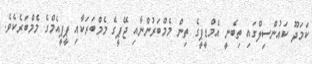
ކަމަދޫ ކައުންސިލްގައި ތިބެނީ އެމްޑީޕީގެ ތިން މެމްބަރުންނާއި ޖޭޕީގެ މެމްބަރަކާއި ޕީޕީއެމްގެ މެމްބަރެކެވެ.